Indian Medical Review
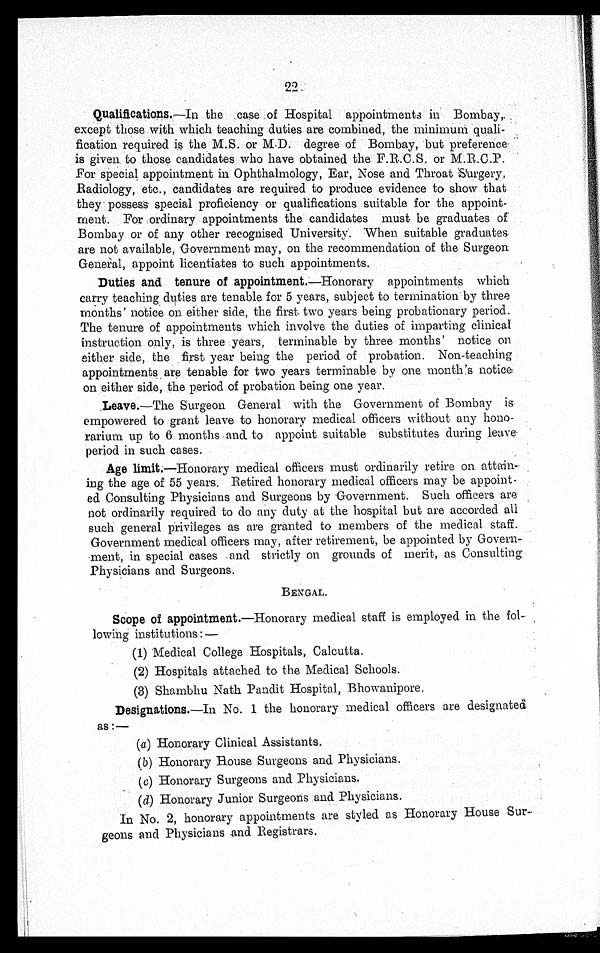
22
Qualifications .—In the case of Hospital appointments in Bombay,
except those with which teaching duties are combined, the minimum quali
-fication required is the M.S. or M.D. degree of Bombay, but preference
is given to those candidates who have obtained the F.R.C.S. or M.R.C.P.
For special appointment in Ophthalmology, Ear, Nose and Throat Surgery,
Radiology, etc., candidates are required to produce evidence to show that
they possess special proficiency or qualifications suitable for the appoint
-ment. For ordinary appointments the candidates must be graduates of
Bombay or of any other recognised University. When suitable graduates
are not available, Government may, on the recommendation of the Surgeon
General, appoint licentiates to such appointments.
Duties and tenure of appointment .—Honorary appointments which
carry teaching duties are tenable for 5 years, subject to termination by three
months' notice on either side, the first two years being probationary period.
The tenure of appointments which involve the duties of imparting clinical
instruction only, is three years, terminable by three months' notice on
either side, the first year being the period of probation. Non-teaching
appointments are tenable for two years terminable by one month's notice
on either side, the period of probation being one year.
Leave .—The Surgeon General with the Government of Bombay is
empowered to grant leave to honorary medical officers without any hono
-rarium up to 6 months and to appoint suitable substitutes during leave
period in such cases.
Age limit.—Honorary medical officers must ordinarily retire on attain
-ing the age of 55 years. Retired honorary medical officers may be appoint
- e d C o n s u l t i n g P h y s i c i a n s a n d S u r g e o n s b y G o v e r n m e n t . S u c h o f f i c e r s a r e
not ordinarily required to do any duty at the hospital but are accorded all
such general privileges as are granted to members of the medical staff.
Government medical officers may, after retirement, be appointed by Govern
- m e n t , i n s p e c i a l c a s e s a n d s t r i c t l y o n g r o u n d s o f m e r i t , a s C o n s u l t i n g
Physicians and Surgeons.
BENGAL.
Scope of appointment .—Honorary medical staff is employed in the fol
lowing institutions:—
(1) Medical College Hospitals, Calcutta.
(2) Hospitals attached to the Medical Schools.
(3) Shambhu Nath Pandit Hospital, Bhowanipore.
Designations .—In No. 1 the honorary medical officers are designated
as:—
(a) Honorary Clinical Assistants.
(b) Honorary House Surgeons and Physicians.
(c) Honorary Surgeons and Physicians.
(d) Honorary Junior Surgeons and Physicians.
In No. 2, honorary appointments are styled as Honorary House Sur
-geons and Physicians and Registrars.